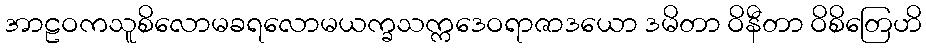
အာဠဝကသူစိလောမခရလောမယက္ခသက္ကဒေဝရာဇာဒယော ဒမိတာ ဝိနီတာ ဝိစိတြေဟိ